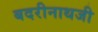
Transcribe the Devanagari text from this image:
बदरीनाथजी